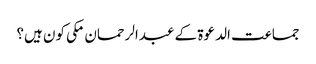
جماعت الدعوۃ کے عبدالرحمان مکی کون ہیں؟